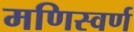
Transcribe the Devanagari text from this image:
मणिस्वर्ण